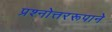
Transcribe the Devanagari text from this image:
प्रश्नोत्तररूपाने